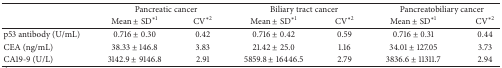
<table><thead><tr><td><b> </b></td><td colspan="2"><b> Pancreatic cancer</b></td><td colspan="2"><b> Biliary tract cancer</b></td><td colspan="2"><b>Pancreatobiliary cancer</b></td></tr><tr><td><b> </b></td><td><b>Mean ± SD<sup>∗1</sup></b></td><td><b>CV<sup>∗2</sup></b></td><td><b>Mean ± SD<sup>∗1</sup></b></td><td><b>CV<sup>∗2</sup></b></td><td><b>Mean ± SD<sup>∗1</sup></b></td><td><b>CV<sup>∗2</sup></b></td></tr></thead><tbody><tr><td>p53 antibody (U/mL)</td><td>0.716 ± 0.30</td><td>0.42</td><td>0.716 ± 0.42</td><td>0.59</td><td>0.716 ± 0.31</td><td>0.44</td></tr><tr><td>CEA (ng/mL)</td><td>38.33 ± 146.8</td><td>3.83</td><td>21.42 ± 25.0</td><td>1.16</td><td>34.01 ± 127.05</td><td>3.73</td></tr><tr><td>CA19-9 (U/L)</td><td>3142.9 ± 9146.8</td><td>2.91</td><td>5859.8 ± 16446.5</td><td>2.79</td><td>3836.6 ± 11311.7</td><td>2.94</td></tr></tbody></table>